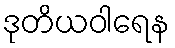
ဒုတိယဝါရေန